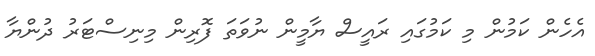
އެހެން ކަމުން މި ކަމުގައި ރައީސް ޔާމީން ނުވަތަ ފޮރިން މިނިސްޓަރު ދުންޔާ